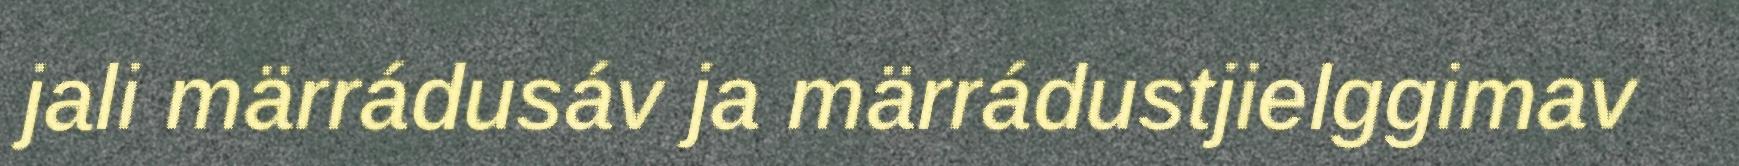
jali märrádusáv ja märrádustjielggimav